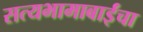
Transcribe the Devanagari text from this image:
सत्यभामाबाईंचा